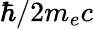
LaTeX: \hbar/2m_{e}c